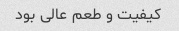
کیفیت و طعم عالی بود